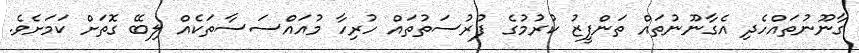
ގާނޫނުތައްހެދި އެގާނޫނުތައް ތަންފީޒު ކުރުމުގެ ފުރުސަތުތައް ހުރިހާ މުއައްސަސާތަކެއް ލިބޭ ގޮތަށް ކަމަށެވެ.